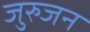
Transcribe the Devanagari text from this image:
जुरुजन